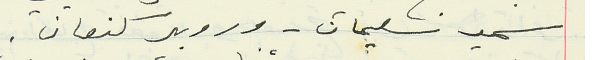
سمير سليمان - وروبير كنعان.